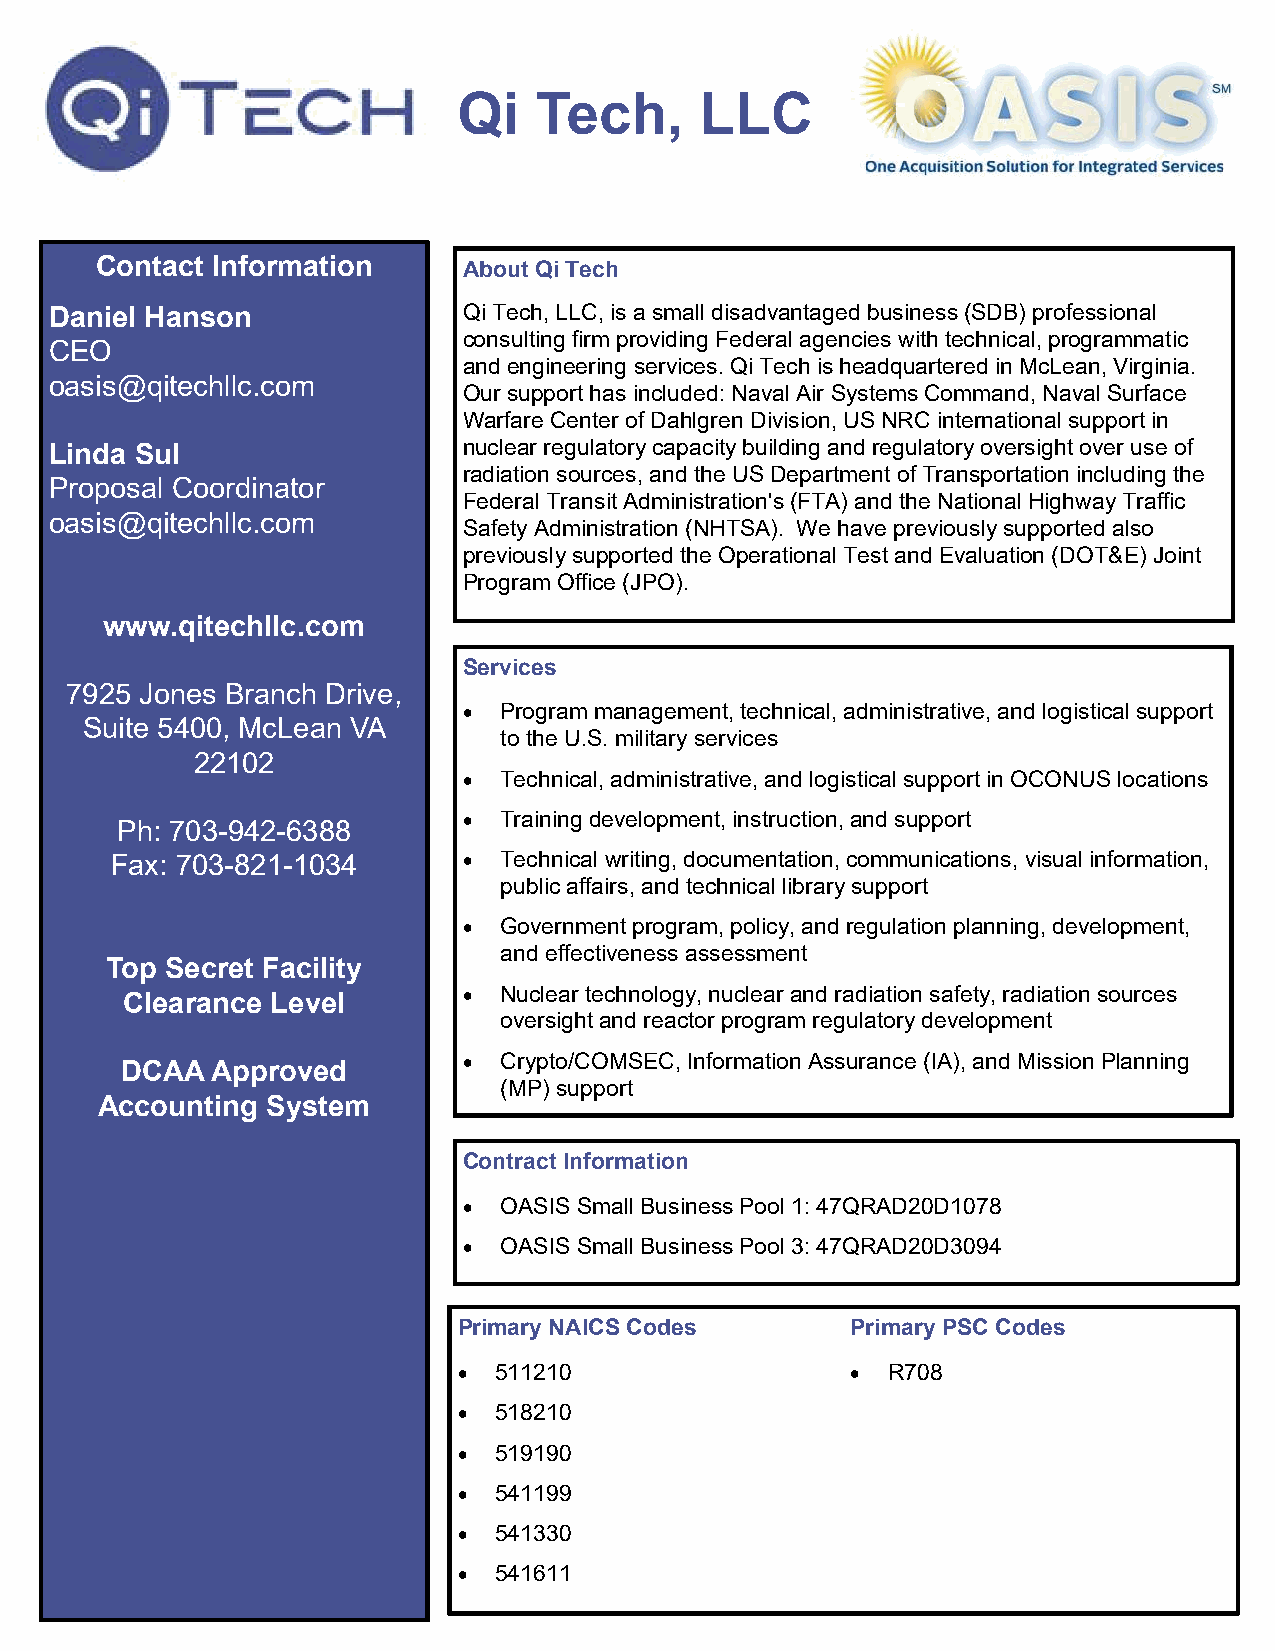
Qi   Tech,      LLC
 Contact Information      About Qi Tech
 Daniel Hanson               Qi Tech, LLC, is a small disadvantaged business (SDB) professional
 consulting firm providing Federal agencies with technical, programmatic
 CEO
 and engineering services. Qi Tech is headquartered in McLean, Virginia.
 oasis@qitechllc.com
 Our support has included: Naval Air Systems Command, Naval Surface
 Warfare Center of Dahlgren Division, US NRC international support in
 nuclear regulatory capacity building and regulatory oversight over use of
 Linda Sul
 radiation sources, and the US Department of Transportation including the
 Proposal Coordinator
 Federal Transit Administration's (FTA) and the National Highway Traffic
 oasis@qitechllc.com
 Safety Administration (NHTSA). We have previously supported also
 previously supported the Operational Test and Evaluation (DOT&E) Joint
 Program Office (JPO).
 www.qitechllc.com
 Services
 7925 Jones Branch Drive,
 • Program management, technical, administrative, and logistical support
 Suite 5400, McLean VA
 to the U.S. military services
 22102
 • Technical, administrative, and logistical support in OCONUS locations
 • Training development, instruction, and support
 Ph: 703-942-6388
 Fax: 703-821-1034       • Technical writing, documentation, communications, visual information,
 public affairs, and technical library support
 • Government program, policy, and regulation planning, development,
 and effectiveness assessment
 Top Secret Facility
 • Nuclear technology, nuclear and radiation safety, radiation sources
 Clearance Level
 oversight and reactor program regulatory development
 • Crypto/COMSEC, Information Assurance (IA), and Mission Planning
 DCAA  Approved
 (MP) support
 Accounting  System
 Contract Information
 • OASIS Small Business Pool 1: 47QRAD20D1078
 • OASIS Small Business Pool 3: 47QRAD20D3094
 Primary NAICS Codes       Primary PSC Codes
 •  511210                 •  R708
 •  518210
 •  519190
 •  541199
 •  541330
 •  541611